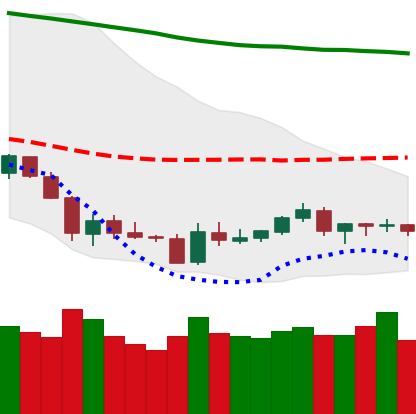
Ticker: LTC-USD
Chart end date: 2018-06-08
Forward return: -21.659%
Label: down_7plus